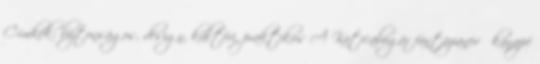
Címkék: biztonságos, design, kültéri, praktikus A Katicabogár fantázianevű kanapé